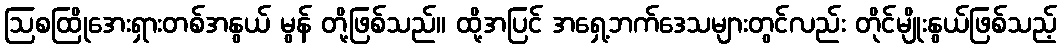
ဩစထြိုအေးရှားတစ်အနွယ် မွန် တို့ဖြစ်သည်။ ထို့အပြင် အရှေ့ဘက်ဒေသများတွင်လည်း တိုင်မျိုးနွယ်ဖြစ်သည့်